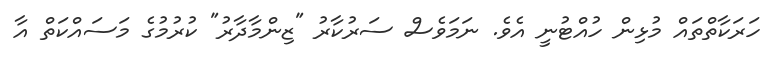
ހަރަކާތްތައް މުޅިން ހުއްޓުނީ އެވެ. ނަމަވެސް ސަރުކާރު "ޒިންމާދާރު" ކުރުމުގެ މަސައްކަތް އާ